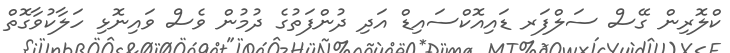
ކްލޮރިން ގޭސް ސަލްފަރ ޑައިއޮކްސައިޑް އަދި ދުންފަތުގެ ދުމުން ވެސް ވައިނޮޅި ހަލާކުވާގޮތް